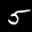
Label: 5